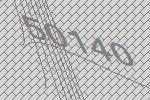
50140